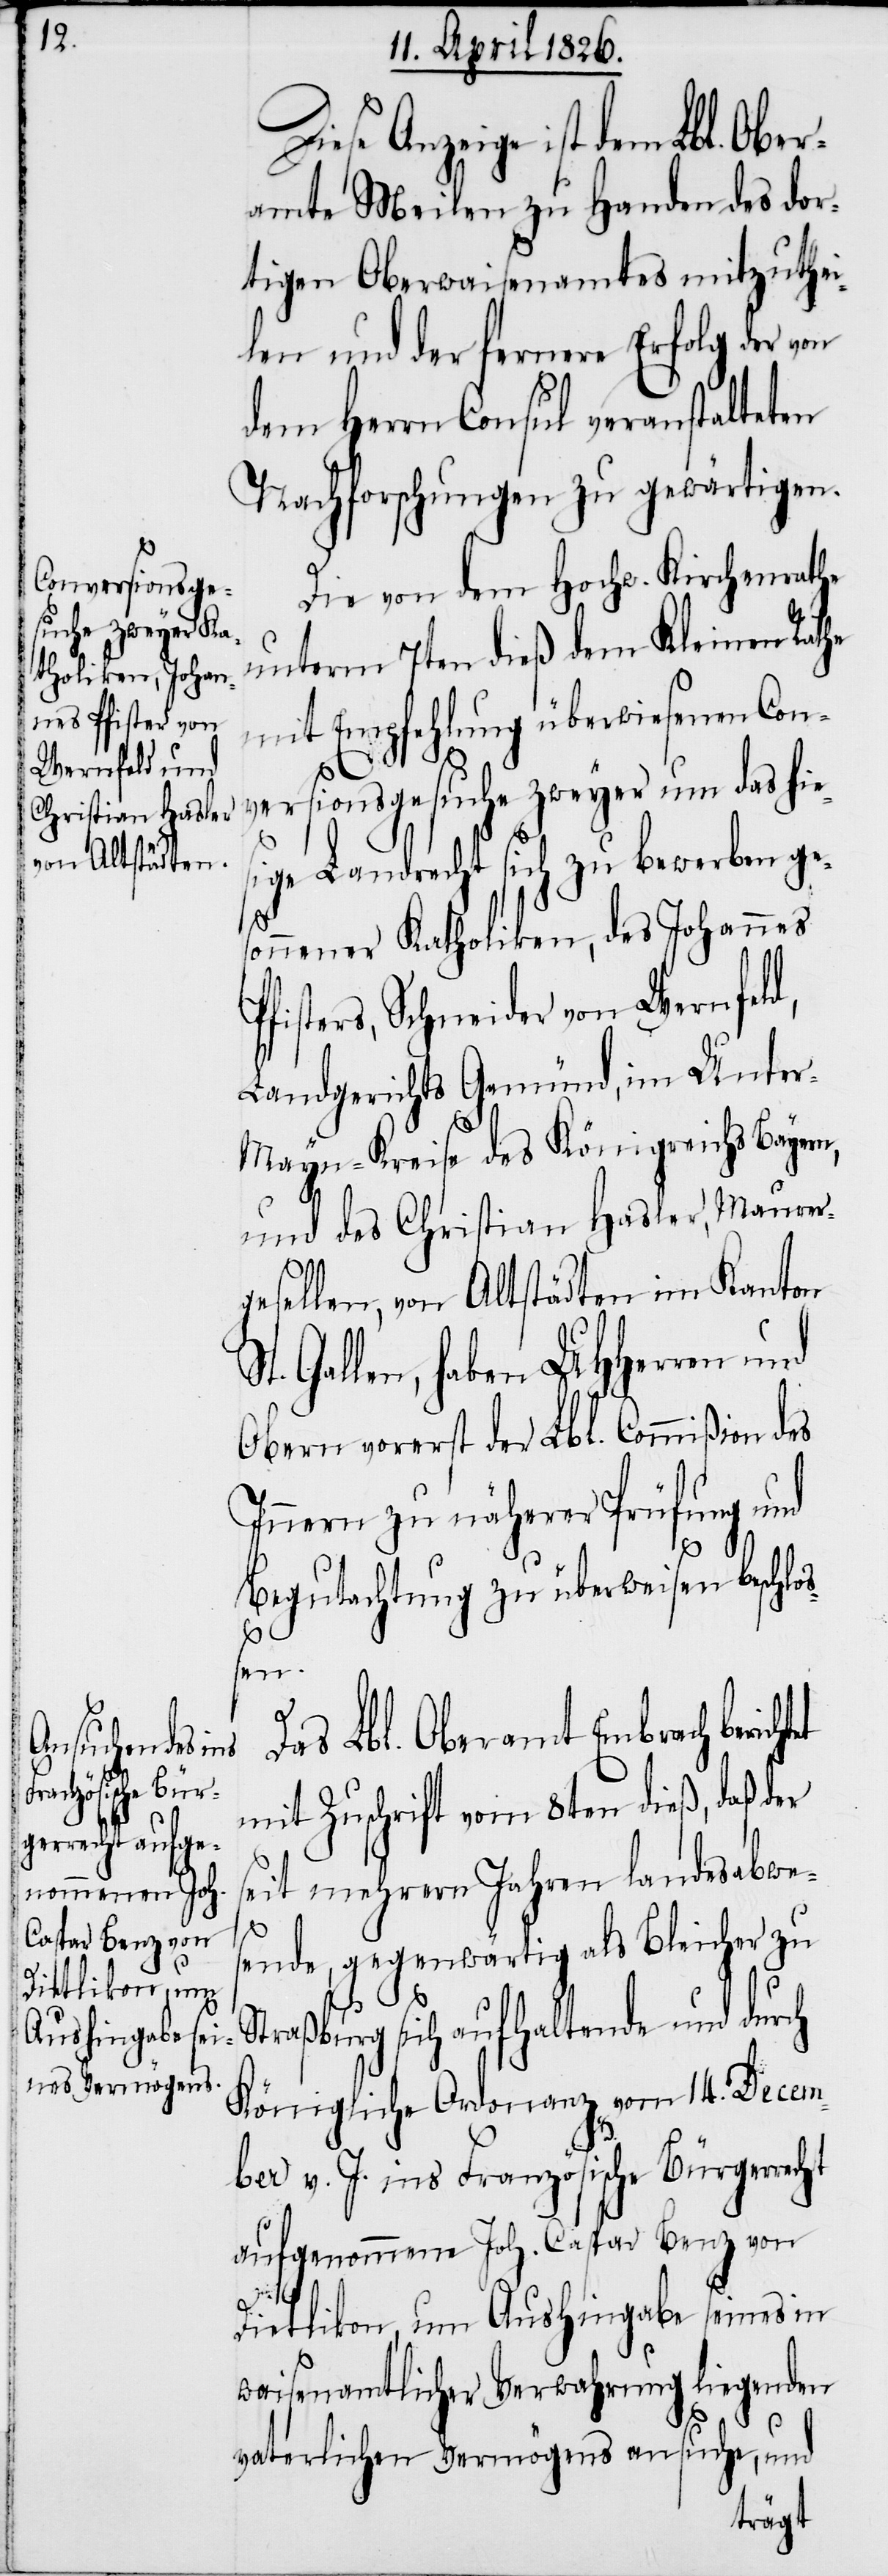
Anzeige ist dem Lbl. Ober¬
amte Meilen zu Handen des dor¬
tigen Oberwaisenamtes mitzuthei¬
len und der fernere Erfolg der von
dem Herrn Consul veranstalteten
Nachforschungen zu gewärtigen.
Die von dem Hochw. Kirchenrathe
unterm 7ten dieß dem Kleinen Rathe
mit Empfehlung überwiesenen Con¬
versionsgesuche zweyer um das hie¬
sige Landrecht sich zu bewerben ge¬
sonnener Katholiken, des Johannes
fisters, Schneider von Wernfeld,
Landgerichts Gemünd, im Unte¬
r-Mayn-Kreise des Königreichs Bayern,
und des Christian Hasler, Mauer¬
gesellen, von Altstädten im Kanton
Gallen, haben UHHerren und
Obern vorerst der Lbl. Commißion des
Innern zu näherer Prüfung und
P¬
tet
Begutachtung zu überweisen beschloß¬
en.
Das Lbl. Oberamt Embrach berich¬
mit Zuschrift vom 8ten dieß, daß der
seit mehrern Jahren landesabwe¬
sende, gegenwärtig als Bleicher zu
Diese
Straßburg sich aufhaltende und durch
Königliche Ordonanz vom 14. Decem¬
ber v. J. ins Französische Bürgerrecht
aufgenommene Joh. Caspar Benz von
Dietlikon, um Aushingabe seines in
waisenamtlicher Verwahrung liegenden
vaterlichen Vermögens ansuche, und